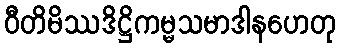
ဝီတိမိဿဒိဋ္ဌိကမ္မသမာဒါနဟေတု